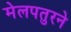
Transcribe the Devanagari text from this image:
मेलपतुरने